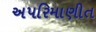
અપરિમાણીત